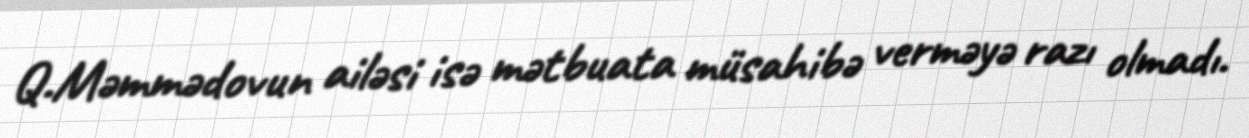
Q.Məmmədovun ailəsi isə mətbuata müsahibə verməyə razı olmadı.